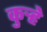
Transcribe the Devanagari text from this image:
कुर्‍हे